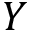
Y